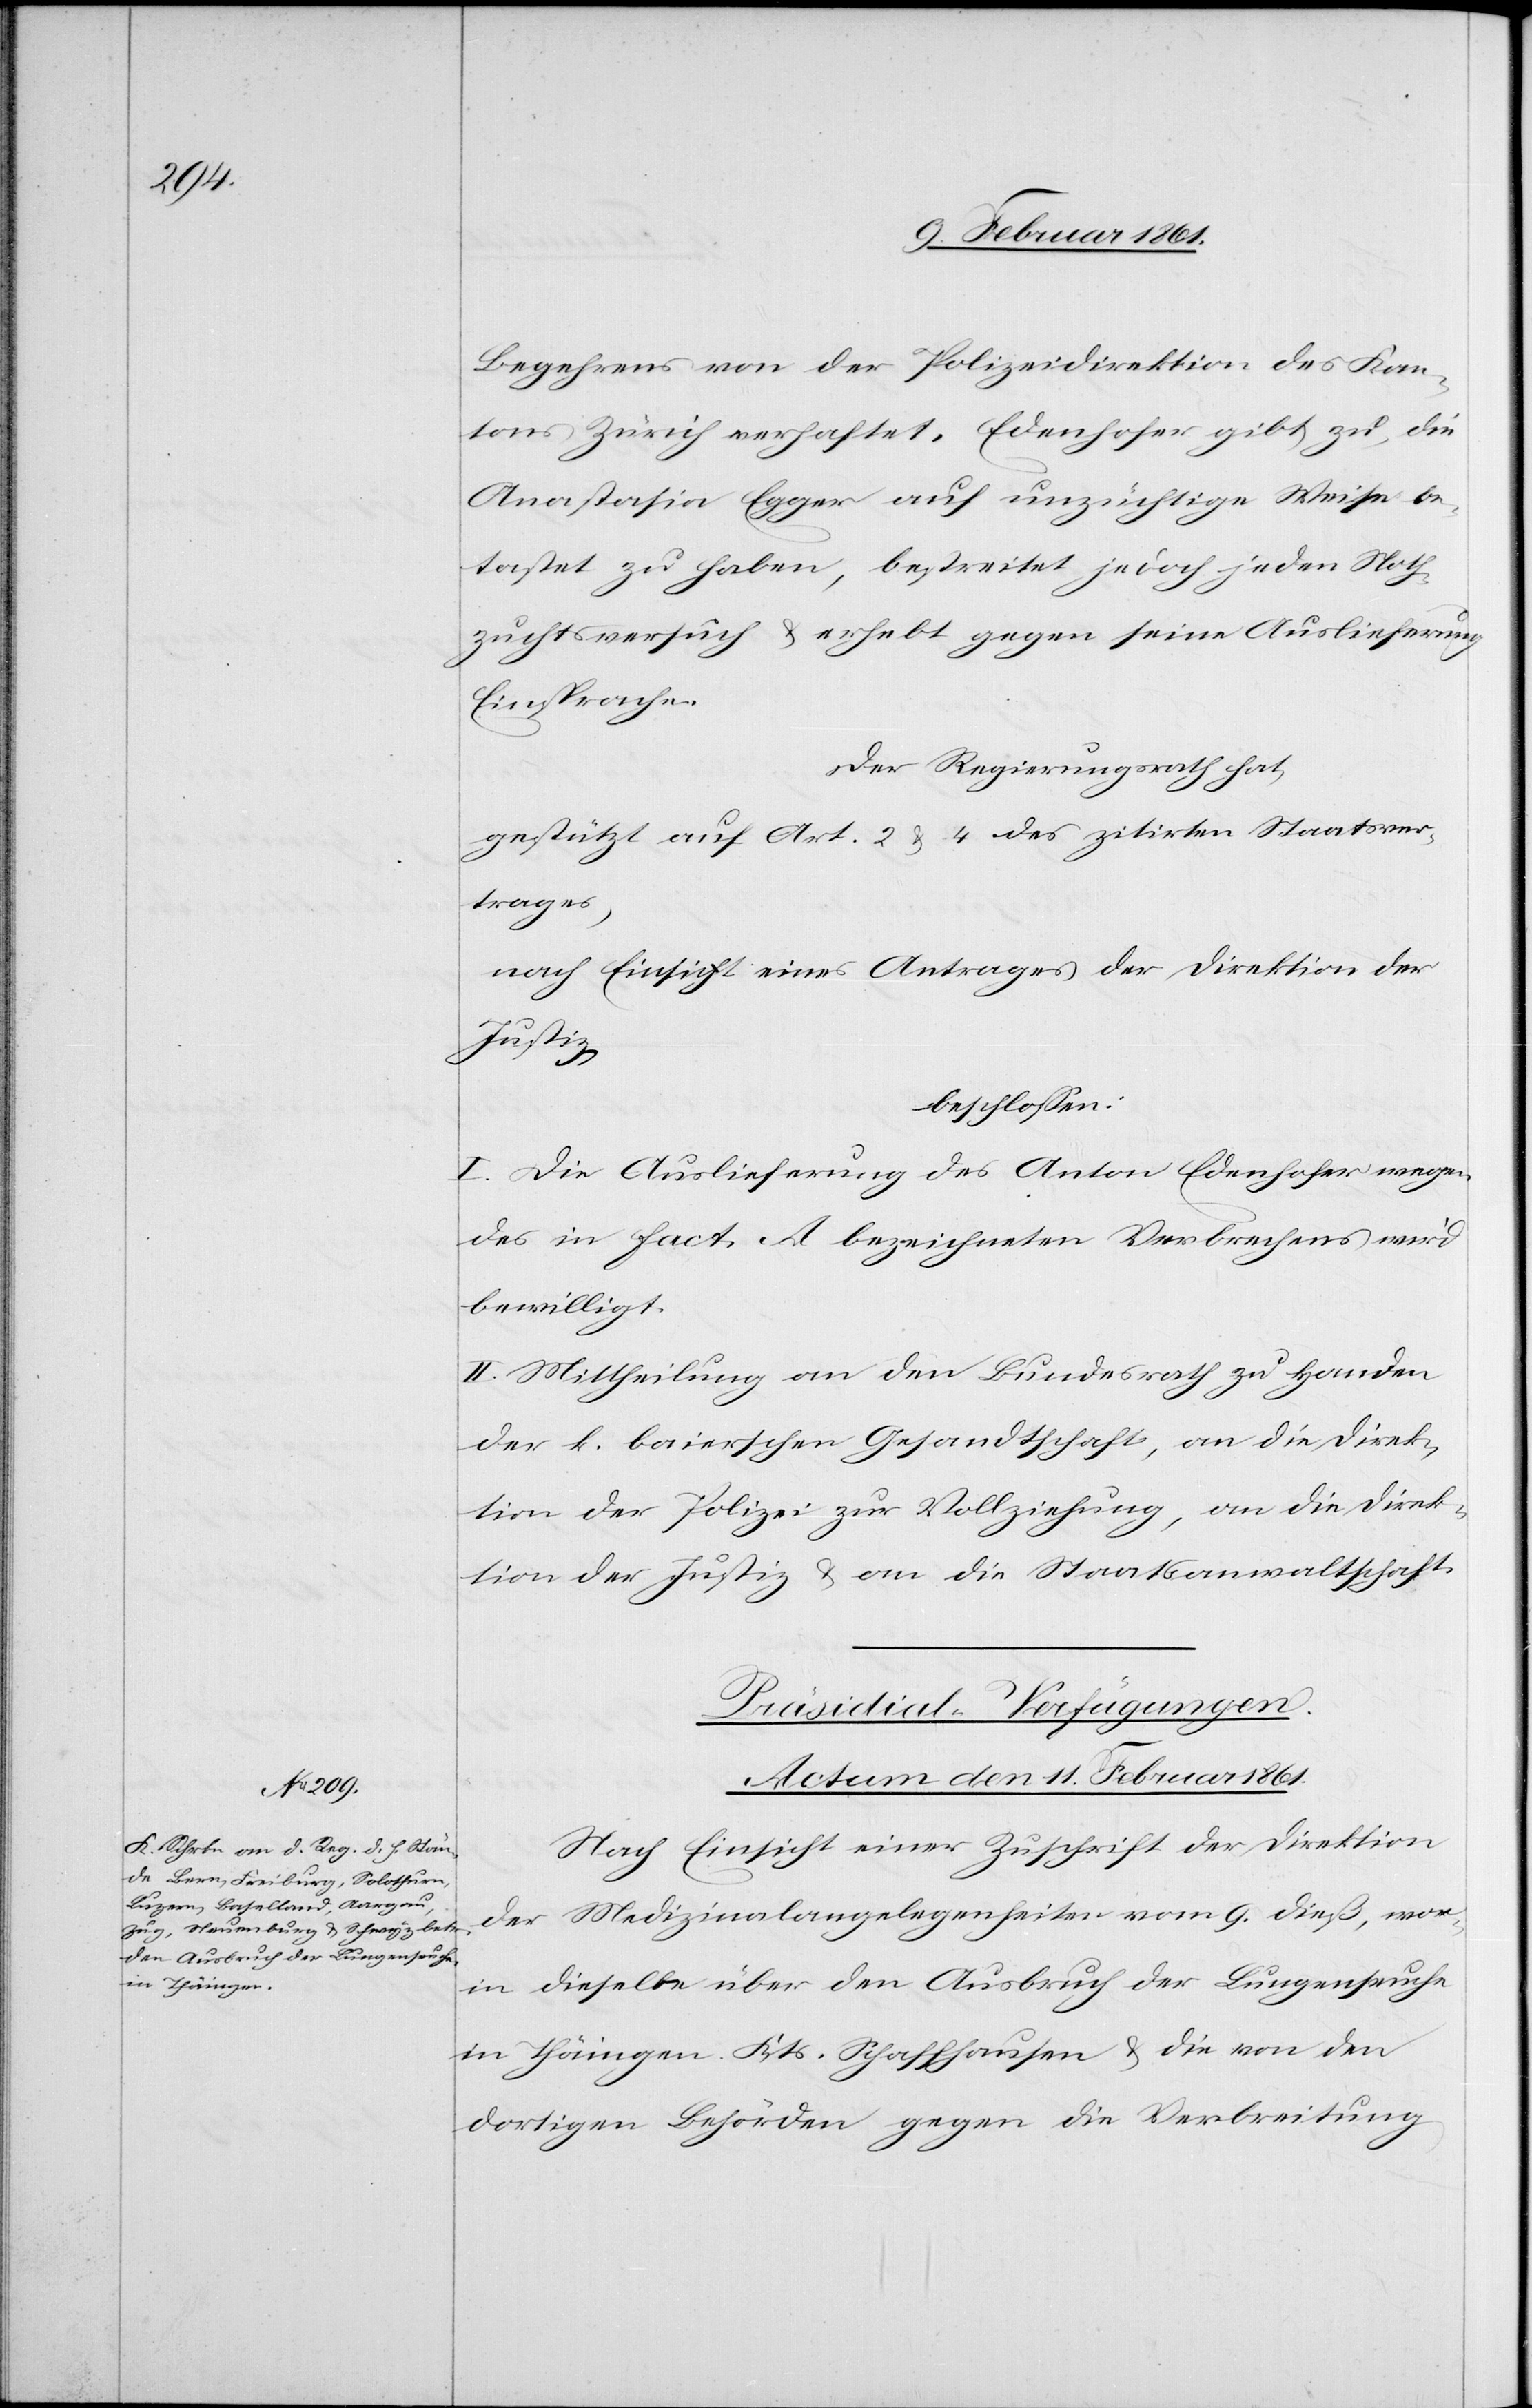
Begehrens von der Polizeidirektion des Kan¬
tons Zürich verhaftet. Edenhofer gibt zu, die
Anastasia Egger auf unzüchtige Weise be¬
tastet zu haben, bestreitet jedoch jeden Noth¬
zuchtsversuch u. erhebt gegen seine Auslieferung
Einsprache.
Der Regierungsrath hat,
gestützt auf Art. 2 u. 4 des zitirten Staatsver¬
trages,
nach Einsicht eines Antrages der Direktion der
Justiz;
beschlossen:
I. Die Auslieferung des Anton Edenhofer wegen
des in fact. A. bezeichneten Verbrechens wird
bewilligt.
II. Mittheilung an den Bundesrath zur Handen
der k. baierschen Gesandtschaft, an die Direk¬
tion der Polizei zur Vollziehung, an die Direk¬
tion der Justiz u. an die Staatsanwaltschaft.
Präsidial-Verfügungen.
Actum den 11. Februar 1861.
Nach Einsicht einer Zuschrift der Direktion
der Medizinalangelegenheiten vom 9. dieß, wor¬
in dieselbe über den Ausbruch der Lungenseuche
in Thäningen Kts. Schaffhausen u. die von den
dortigen Behörden gegen die Verbreitung